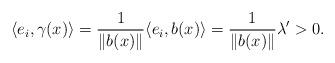
LaTeX: \begin{align*} \langle e_i, \gamma(x)\rangle =\frac{1}{\|b(x)\|} \langle e_i, b(x)\rangle = \frac{1}{\|b(x)\|} \lambda' > 0.\end{align*}